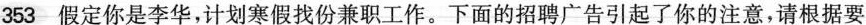
353 假定你是李华，计划寒假找份兼职工作。下面的招聘广告引起了你的注意，请根据要